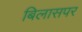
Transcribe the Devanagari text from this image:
बिलासपर